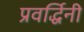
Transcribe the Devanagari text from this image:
प्रवर्द्धिनी